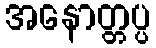
အနောတ္တပ္ပ